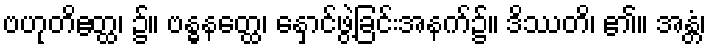
ဗဟုတိဧတ္ထ၊ ၌။ ဗန္ဓနတ္ထေ၊ နှောင်ဖွဲ့ခြင်းအနက်၌။ ဒိဿတိ၊ ၏။ အန္တံ၊